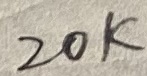
Text: 20K